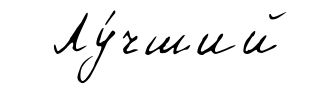
Лу́чший